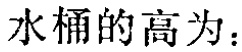
水桶的高为：